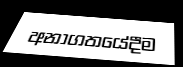
අනාගතයේදීම